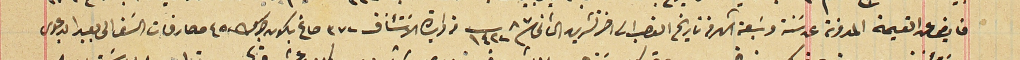
فايض عن القيمة المدونة عن سَنة وسَبعة اشهر من تاريخ الغصب اخر تشرين الثانى سنة ٨٧ ١٤٢٢ من قراية الاستئناف ٣٧٢ صاغ بكون جزاه ٤٥٠ مصارفات السَفر الى بعبدا بدعوى